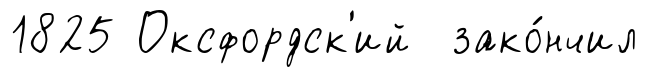
1825 Оксфордск'ий зако́нчил